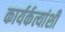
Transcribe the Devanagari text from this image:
कार्यर्कत्यांशी